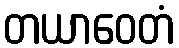
တယာဝေတံ